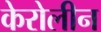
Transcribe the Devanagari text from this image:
केरोलीन